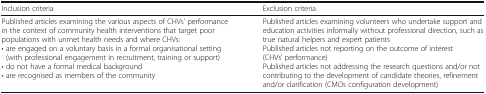
<table><thead><tr><td><b>Inclusion criteria</b></td><td><b>Exclusion criteria</b></td></tr></thead><tbody><tr><td>Published articles examining the various aspects of CHVs’ performance in the context of community health interventions that target poor populations with unmet health needs and where CHVs:• are engaged on a voluntary basis in a formal organisational setting (with professional engagement in recruitment, training or support)• do not have a formal medical background• are recognised as members of the community</td><td>Published articles examining volunteers who undertake support and education activities informally without professional direction, such as true natural helpers and expert patientsPublished articles not reporting on the outcome of interest (CHVs’ performance)Published articles not addressing the research questions and/or not contributing to the development of candidate theories, refinement and/or clarification (CMOs configuration development)</td></tr></tbody></table>